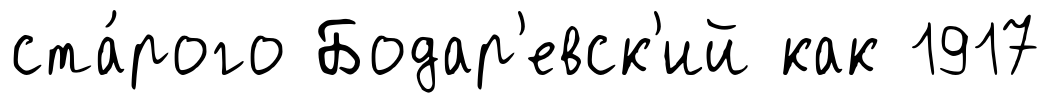
ста́рого Бодар'евск'ий как 1917